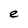
Character: e